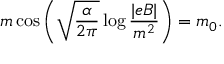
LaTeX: m \cos \left( \sqrt { \frac { \alpha } { 2 \pi } } \log \frac { | e B | } { m ^ { 2 } } \right) = m _ { 0 } .